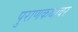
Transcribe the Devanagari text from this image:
पुराणकथांवर